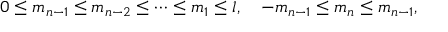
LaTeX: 0 \leq m _ { n - 1 } \leq m _ { n - 2 } \leq \cdots \leq m _ { 1 } \leq l , \quad - m _ { n - 1 } \leq m _ { n } \leq m _ { n - 1 } ,